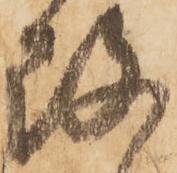
改